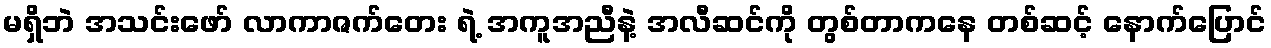
မရှိဘဲ အသင်းဖော် လာကာဇက်တေး ရဲ့ အကူအညီနဲ့ အလီဆင်ကို တွစ်တာကနေ တစ်ဆင့် နောက်ပြောင်